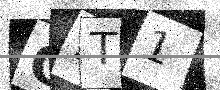
Text: G1T1